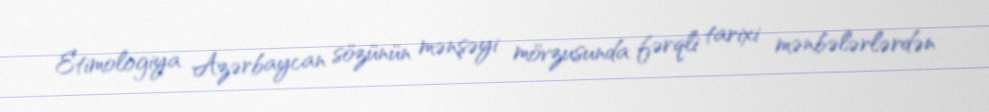
Etimologiya Azərbaycan sözünün mənşəyi mövzusunda fərqli tarixi mənbələrlərdən